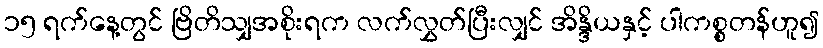
၁၅ ရက်နေ့တွင် ဗြိတိသျှအစိုးရက လက်လွှတ်ပြီးလျှင် အိန္ဒိယနှင့် ပါကစ္စတန်ဟူ၍